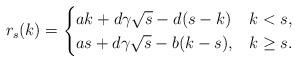
LaTeX: \begin{align*}r_s(k)= \begin{cases}a k + d \gamma \sqrt{s} - d (s-k) & k < s, \\a s + d \gamma \sqrt{s} - b (k-s), & k \geq s. \\\end{cases}\end{align*}